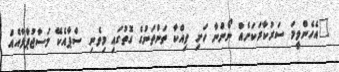
"އެހެންވީމަ ސަރުކާރަކަށެއް ނޯންނާ ހަށި ވިއްކާ ތަންތަނުގެ ގޮތުގައި މިވެނި ސްޕާއެކޭ މަސާޖުޕާލާއެއް